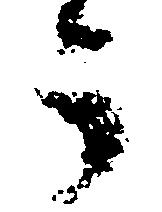
う